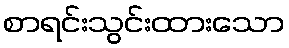
စာရင်းသွင်းထားသော